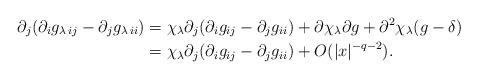
LaTeX: \begin{align*}\partial_j(\partial_i g_{\lambda\, ij}-\partial_j g_{\lambda\,ii})&=\chi_\lambda \partial_j(\partial_i g_{ij}-\partial_j g_{ii})+\partial\chi_\lambda \partial g+\partial^2\chi_\lambda (g-\delta)\\&=\chi_\lambda \partial_j(\partial_i g_{ij}-\partial_j g_{ii})+O(|x|^{-q-2}).\end{align*}